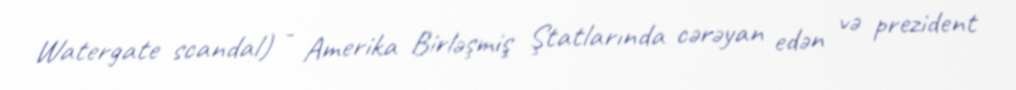
Watergate scandal) - Amerika Birləşmiş Ştatlarında cərəyan edən və prezident